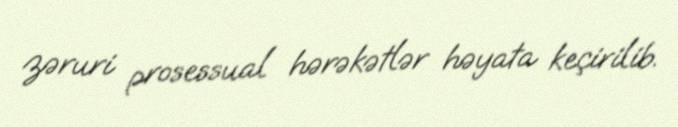
zəruri prosessual hərəkətlər həyata keçirilib.